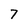
Character: 7